Burma Government Medical School reports 1907-22
Year: 1907
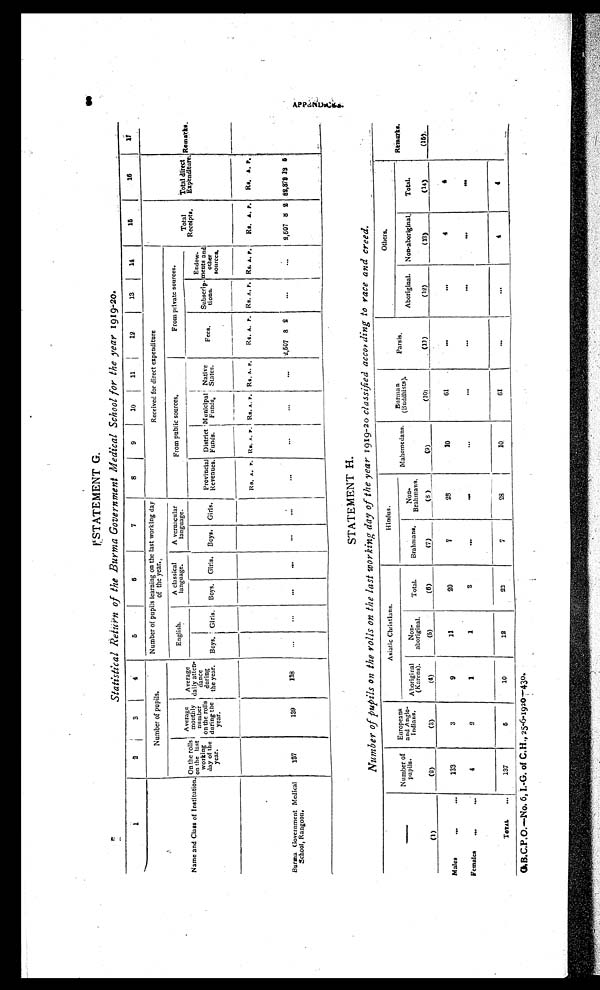
STATEMENT G.
Statistical Return of the Burma Government Medical School for the year 1919-20.
1
2
3
4
5
6
7
8
9
10
11
12
13
14
15
16
1 7
Name and Class of Institution.
Number of pupils.
Number of pupils learning on the last working day
of the year.
Received for direct expenditure
Total
Receipts.
Total direct
Expenditure.
Remarks.
On the ro
i l s o n t h e
l a s t
working
day of the
year.
Average
monthly
number
on the rolls
during the
y e a r .
Average
daily atten-
dance
during
the year.
English.
A classical
language.
A vernacular
language.
From public sources.
From private sources.
Boys. Girls. Boys. Girls. Boys. Girls.
Provincial
Revenues.
District
Funds.
Municipal
Funds.
Native
States.
Fees.
Subscrip-
tions.
Endow-
ments and
other
sources.
Rs. A.
P . Rs. A. P . Rs. A. P. Rs. A. P .
Rs. A.
P . Rs. A. P . Rs. A. P .
Rs. A. P .
Rs. A. P.
Burma Government Medical
School, Rangoon.
137
139
138
. . .
...
...
...
. . .
...
...
...
...
...
2,507 8 2
...
...
2,507
8 2 82,378 13
5
STATEMENT H.
Number of pupils on the rolls on the last working day of the year
1919-20 classified according to race and creed .
Number of
pupils.
Europeans
and Anglo-
Indians.
Asiatic Christians.
Hindus.
Mahomedans .
Burman
(Buddhists).
Parsis.
Others.
Remarks.
Aboriginal.
Non-aboriginal.
Total.
Aboriginal
(Karens).
N o n -
aboriginal.
Total.
Brahmans.
Non-
Brahmans.
(1)
(2)
(3)
(4)
(5)
(6)
(7)
(8)
(9)
( 1 0 )
(11)
(12)
(13)
(14)
(15)
Males
...
...
133
3
9
11
20
7
28
10
61
. . .
...
4
4
Females
...
...
4
2
1
1
2
. . .
...
...
. . .
. . .
. . .
. . .
...
TOTAL
...
137
5
10
12
22
7
28
10
61
. . .
...
4
4
G.B.C.P.O.—No. 6, I.-G. of C.H., 25-6-1920—430.
A P P E N D I C E S . 8